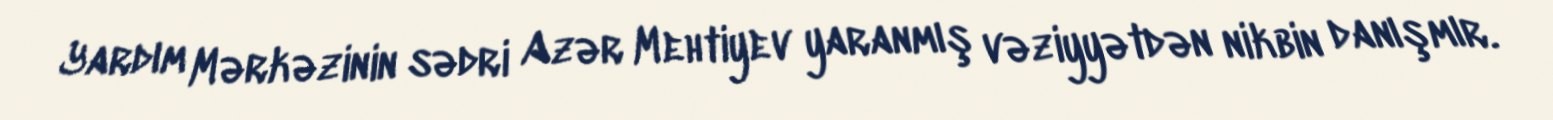
Yardım Mərkəzinin sədri Azər Mehtiyev yaranmış vəziyyətdən nikbin danışmır.